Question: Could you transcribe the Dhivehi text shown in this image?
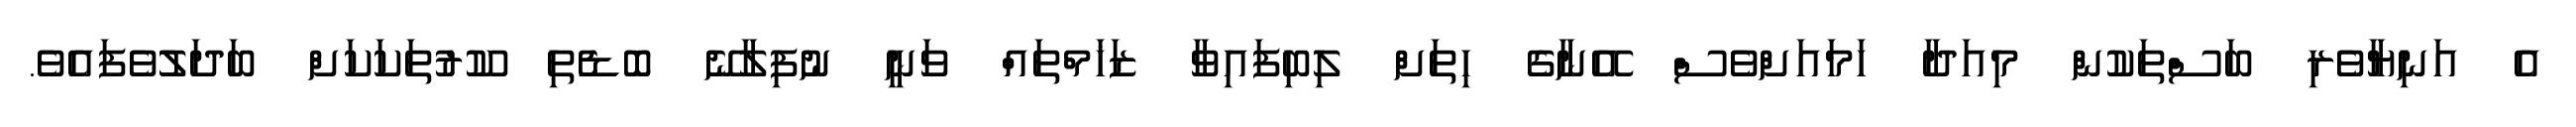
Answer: އެ އަނިޔާވެރި ބަސްތަކުން މިއަދާ ހަމައަށްވެސް އޭނާގެ ހިތަށް ލިބިފައިވާ ޒަޚަމްތައް ވަނީ ނުފިލާނޭ ބޮޑެތި ކޫރުތަކަކަށް ބަދަލުވެފައެވެ.